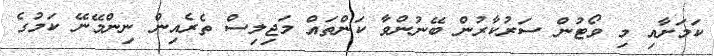
ކަމަށާއި މި ވޯޓުން ސަރުކާރުން ބޭނުންވާ ކަންތައް މަޖިލިސް ތެރެއިން ނިންމޭނޭ ކަމުގެ